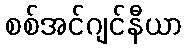
စစ်အင်ဂျင်နီယာ